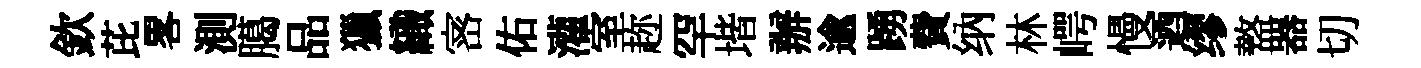
欽芘畧測臈品獵織宻佑灌室趂罕堦辦逾踴費纳林崿慢迺缪盩器切